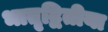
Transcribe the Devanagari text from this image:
भातृद्वितीया